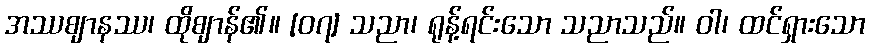
အဿဈာနဿ၊ ထိုဈာန်၏။ [၀၇] သညာ၊ ရုန့်ရင်းသော သညာသည်။ ဝါ၊ ထင်ရှားသော